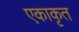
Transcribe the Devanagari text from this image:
एकाकृत